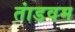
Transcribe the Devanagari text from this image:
तांडवम